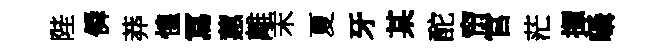
陛僢莽惶冩蕙離末夏牙某酡帘官茫揮囁